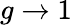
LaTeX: g\to 1